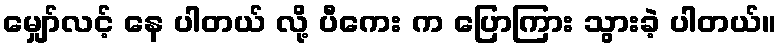
မျှော်လင့် နေ ပါတယ် လို့ ပီကေး က ပြောကြား သွားခဲ့ ပါတယ်။